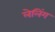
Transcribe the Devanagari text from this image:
लेलिंग